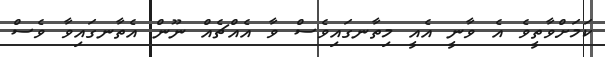
ކަމަށްވާތީވެ އެ ވާނީ އެއީ މިތާނގައިވެސް ވާ އެއްޗެއް ނޫން އެތާނގައިވާ ވެސް